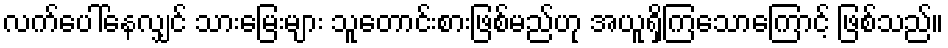
လက်ပေါ်နေလျှင် သားမြေးများ သူတောင်းစားဖြစ်မည်ဟု အယူရှိကြသောကြောင့် ဖြစ်သည်။